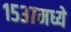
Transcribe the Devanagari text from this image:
१५३७मध्ये